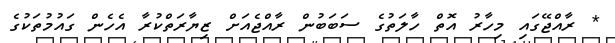
* ރާއްޖޭގައި މިހާރު އޮތް ހާލަތުގެ ސަބަބުން ރާއްޖެއަށް ޒިޔާރަތްކުރާ އެހެން ގައުމުތަކުގެ